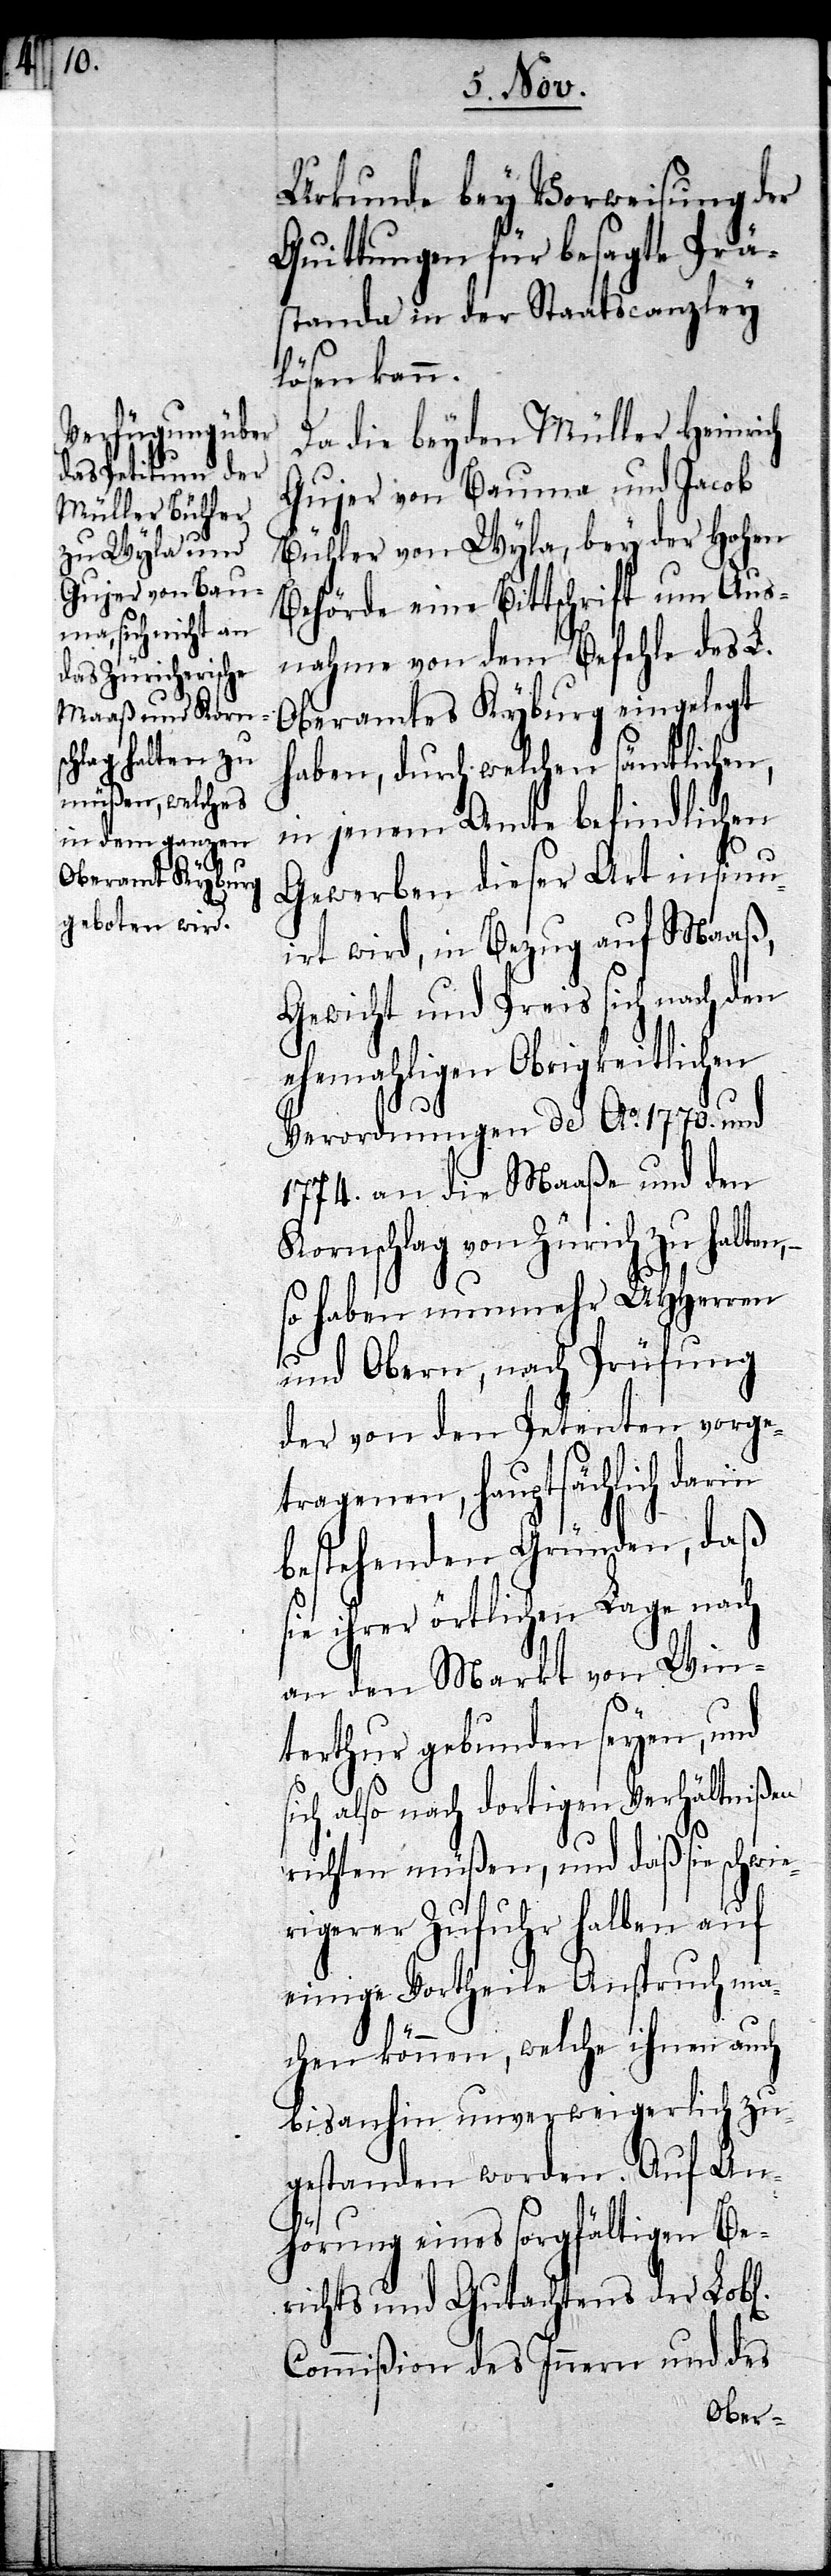
s¬

Urkunde bey Vorweisung der
Quittungen für besagte Prä¬
standa in der Staatscanzley
l[ichen]
Da die beyden Müller Heinrich
Gujer von Bauma und Jacob
Bühler von Wyla, bey der Hohen
Behörde eine Bittschrift um Aus¬
nahme von dem Befehle des L.
Oberamtes Kyburg eingelegt
haben, durch welchen sämtlichen,
in jenem Amte befindlichen
Gewerben dieser Art insin¬
uirt wird, in Bezug auf Maaß,
Gewicht und Preis sich nach den
ehemahligen Obrigkeitlichen
Verordnungen de Ao. 1770. und
1774. an die Maaße und den
Kornschlag von Zürich zu halten,
so haben nunmehr UHHerren
und Obern, nach Prüfung
der von den Petenten vorge¬
tragenen, hauptsächlich darin
bestehenden Gründen, daß
sie ihrer örtlichen Lage nach
an den Markt von Win¬
terthur gebunden seyen, und
ich also nach dortigen Verhältnißen
richten müßen, und daß sie schwie¬
rigerer Zufuhr halben auf
einige Vortheile Anspruch ma¬
chen können, welche ihnen auch
bisanhin unverweigerlich zu¬
gestanden worden. Auf An¬
hörung eines sorgfältigen Be¬
richts und Gutachtens der Lob¬
Commißion des Innern und des